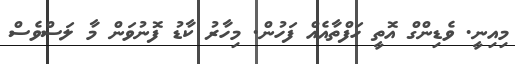
މިއިނީ. ވެޑިންގް އޮތީ ހަފްތާއެއް ފަހުން. މިހާރު ކާޑު ފޮނުވަން މާ ލަސްވެސް